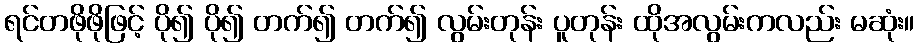
ရင်တဖိုဖိုဖြင့် ပို၍ ပို၍ တက်၍ တက်၍ လွမ်းတုန်း ပူတုန်း ထိုအလွမ်းကလည်း မဆုံး။